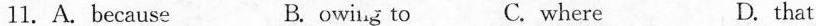
11.A.Because B. owing to C. where D. that